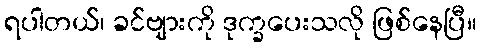
ရပါတယ်၊ ခင်ဗျားကို ဒုက္ခပေးသလို ဖြစ်နေပြီ။